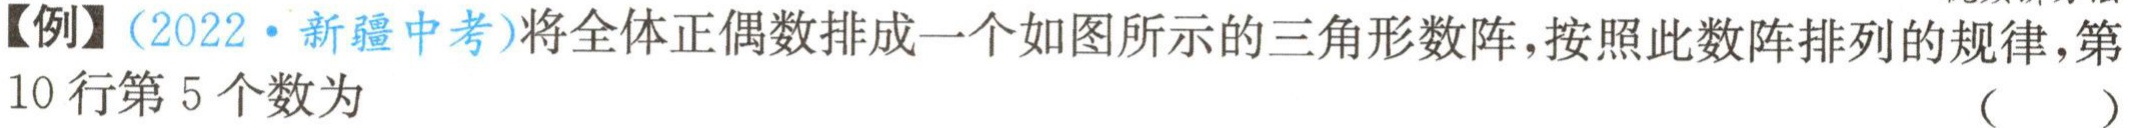
【例】（2022·新疆中考）将全体正偶数排成一个如图所示的三角形数阵，按照此数阵排列的规律，第10行第5个数为 （  ）